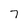
Character: 7